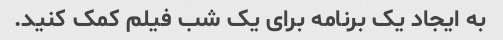
به ایجاد یک برنامه برای یک شب فیلم کمک کنید.